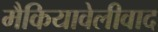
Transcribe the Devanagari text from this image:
मैकियावेलीवाद